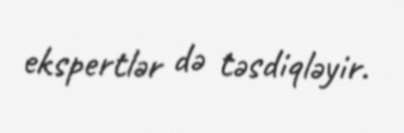
ekspertlər də təsdiqləyir.